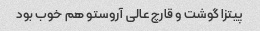
پیتزا گوشت و قارچ عالی آروستو هم خوب بود